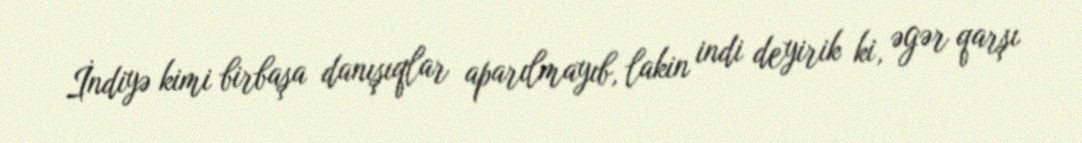
İndiyə kimi birbaşa danışıqlar aparılmayıb, lakin indi deyirik ki, əgər qarşı